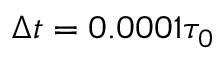
\Delta t = 0 . 0 0 0 1 \tau _ { 0 }